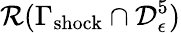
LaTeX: \mathcal{R}(\Gamma_{\mathrm{shock}}\cap\mathcal{D}_{\epsilon}^{5})